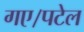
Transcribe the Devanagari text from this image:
गए।पटेल